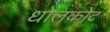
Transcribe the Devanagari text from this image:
धोलकोट